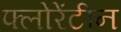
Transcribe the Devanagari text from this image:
फ्लोरेंटीन